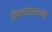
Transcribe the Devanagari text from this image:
विषयांसारखा